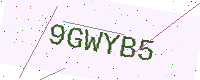
Text: 9GWYB5